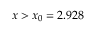
x > x _ { 0 } = 2 . 9 2 8